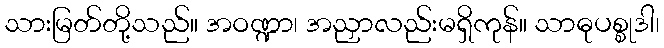
သားမြတ်တို့သည်။ အဝဏ္ဍာ၊ အညှာလည်းမရှိကုန်။ သာဓုပစ္စုဒါ၊